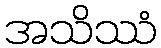
အသိဿံ